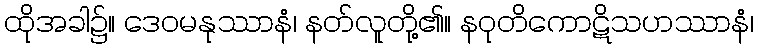
ထိုအခါ၌။ ဒေဝမနုဿာနံ၊ နတ်လူတို့၏။ နဝုတိကောဋိသဟဿာနံ၊